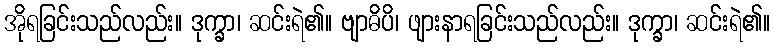
အိုရခြင်းသည်လည်း။ ဒုက္ခာ၊ ဆင်းရဲ၏။ ဗျာဓိပိ၊ ဖျားနာရခြင်းသည်လည်း။ ဒုက္ခာ၊ ဆင်းရဲ၏။